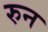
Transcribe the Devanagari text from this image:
रुन